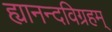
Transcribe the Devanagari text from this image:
ह्यानन्दविग्रहम्